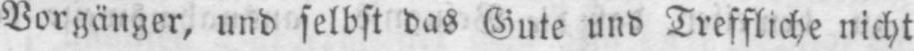
Vorgänger, und selbst das Gute und Treffliche nicht